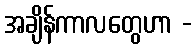
အချိန်ကာလတွေဟာ -